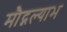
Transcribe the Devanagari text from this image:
मौद्गल्याभ